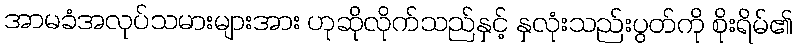
အာမခံအလုပ်သမားများအား ဟုဆိုလိုက်သည်နှင့် နှလုံးသည်းပွတ်ကို စိုးရိမ်၏